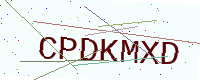
Text: CPDKMXD